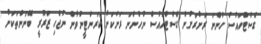
ގެސްޓްހައުސް ހުންނަ ރަށްރަށުން ގެސްޓްހައުސް ނުހުންނަ ރަށަކަށް ކަރަންޓީނުވާން ނުޖެހި ޒަރޫރީ ބޭނުންތަކަށް